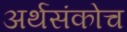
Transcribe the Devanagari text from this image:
अर्थसंकोच